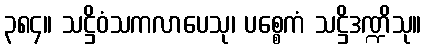
၃၈၄။ သဋ္ဌိဝံသကလာပေသု၊ ပစ္စေကံ သဋ္ဌိဒဏ္ဍိသု။